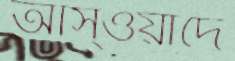
আস্ওয়াদে